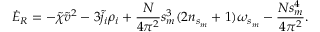
\dot { \cal E } _ { \tiny R } = - \tilde { \chi } \tilde { v } ^ { 2 } - 3 \tilde { j } _ { i } \rho _ { i } + \frac { N } { 4 \pi ^ { 2 } } s _ { m } ^ { 3 } ( 2 n _ { s _ { m } } + 1 ) \omega _ { s _ { m } } - \frac { N s _ { m } ^ { 4 } } { 4 \pi ^ { 2 } } .